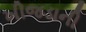
ખીજડાની